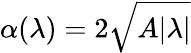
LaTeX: \alpha(\lambda)=2\sqrt{A|\lambda|}